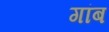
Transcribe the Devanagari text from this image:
गांब